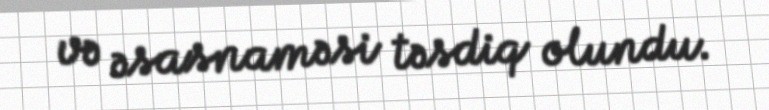
və əsasnaməsi təsdiq olundu.